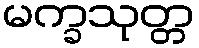
မက္ခသုတ္တ